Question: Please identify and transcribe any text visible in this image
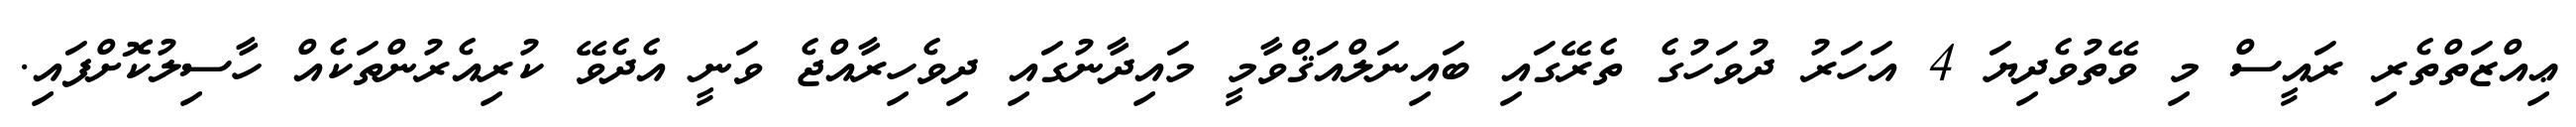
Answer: ޢިއްޒަތްތެރި ރައީސް މި ވޭތުވެދިޔަ 4 އަހަރު ދުވަހުގެ ތެރޭގައި ބައިނަލްއަޤްވާމީ މައިދާނުގައި ދިވެހިރާއްޖެ ވަނީ އެދެވޭ ކުރިއެރުންތަކެއް ހާސިލުކޮށްފައި.